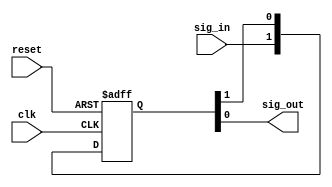
// Common RTL components that will require changes for various processes
// A user may want to change these for their specific requirements


module slink_demet_reset
  (
   input  wire   clk,
   input  wire   reset,
   input  wire   sig_in,
   output wire   sig_out
  );

  reg [1:0]      demet_flops;

  assign sig_out = demet_flops[0];

  always @(posedge clk or posedge reset) begin
    if (reset) begin
      demet_flops      <= 2'b00;
    end else begin
      demet_flops      <= {sig_in, demet_flops[1]};
    end
  end

endmodule


module slink_demet_set
  (
   input  wire   clk,
   input  wire   set,
   input  wire   sig_in,
   output wire   sig_out
  );

  reg [1:0]      demet_flops;

  assign sig_out = demet_flops[0];

  always @(posedge clk or posedge set) begin
    if (set) begin
      demet_flops      <= 2'b11;
    end else begin
      demet_flops      <= {sig_in, demet_flops[1]};
    end
  end

endmodule

module slink_reset_sync
(
  input  wire     clk,
  input  wire     scan_ctrl,
  input  wire     reset_in,
  output wire     reset_out
);

  wire reset_in_ff2;
  wire reset_in_int;

  assign reset_in_int = ~scan_ctrl & reset_in;

  slink_demet_set u_demet_set(
    .clk          ( clk               ),
    .set          ( reset_in_int      ),
    .sig_in       ( 1'b0              ),
    .sig_out      ( reset_in_ff2      ));

  //assign  reset_out = ~scan_ctrl & (reset_in | reset_in_ff2);
  assign  reset_out = ~scan_ctrl & reset_in_ff2;
endmodule




module slink_clock_mux(
  input  wire   clk0,
  input  wire   clk1,
  input  wire   sel,
  output wire   clk_out
);

assign clk_out = sel ? clk1 : clk0;

endmodule


module slink_clock_inv(
  input  wire   clk_in,
  output wire   clk_out
);

assign clk_out = ~clk_in;

endmodule

module slink_clock_buf(
  input  wire   clk_in,
  output wire   clk_out
);

assign clk_out = clk_in;

endmodule


module slink_clock_gate(
  input  wire   clk_in,
  input  wire   reset,
  input  wire   core_scan_mode,
  input  wire   enable,
  input  wire   disable_clkgate,
  output wire   clk_out
);

wire clk_en;
wire enable_ff2;

slink_demet_reset u_slink_demet_reset (
  .clk     ( clk_in           ),      
  .reset   ( reset            ),      
  .sig_in  ( enable ||
             disable_clkgate  ),      
  .sig_out ( enable_ff2       )); 


assign clk_en = enable_ff2 | core_scan_mode;

assign clk_out = clk_en & clk_in;

endmodule

module slink_clock_or(
  input  wire   clk0,
  input  wire   clk1,
  output wire   clk_out
);

assign clk_out = clk0 | clk1;

endmodule


module slink_clock_mux_sync(
  input  wire           reset0,
  input  wire           reset1,
  input  wire           sel,
  input  wire           clk0,
  input  wire           clk1,
  output wire           clk_out
);

wire clk0_inv;
wire clk1_inv;
wire sel_inv;
wire sel0_in;
wire sel1_in;
wire clk0_out;
wire clk1_out;
wire clk_out_pre;

reg sel0_ff1, sel0_ff2;
reg sel1_ff1, sel1_ff2;

wire sel_buf;

//Google glichless clock mux and look for EETimes article

slink_clock_inv u_clk0_inv (
  .clk_in    ( clk0      ),  
  .clk_out   ( clk0_inv  )); 

slink_clock_inv u_clk1_inv (
  .clk_in    ( clk1      ),  
  .clk_out   ( clk1_inv  )); 

//for case_analysis settings
slink_clock_buf u_sel_buf(.clk_in(sel), .clk_out(sel_buf));

slink_clock_inv u_sel_inv(.clk_in(sel_buf), .clk_out(sel_inv));


//assign sel_inv = ~sel;
assign sel0_in = ~sel1_ff2 & sel_inv;
assign sel1_in = ~sel0_ff2 & sel;

assign clk0_out = sel0_ff2 & clk0;
assign clk1_out = sel1_ff2 & clk1;


always @(posedge clk0 or posedge reset0) begin
  if(reset0) sel0_ff1 <= 1'b0;
  else       sel0_ff1 <= sel0_in;
end

always @(posedge clk0_inv or posedge reset0) begin
  if(reset0) sel0_ff2 <= 1'b0;
  else       sel0_ff2 <= sel0_ff1;
end

always @(posedge clk1 or posedge reset1) begin
  if(reset1) sel1_ff1 <= 1'b0;
  else       sel1_ff1 <= sel1_in;
end

always @(posedge clk1_inv or posedge reset1) begin
  if(reset1) sel1_ff2 <= 1'b0;
  else       sel1_ff2 <= sel1_ff1;
end

//assign clk_out_pre = clk0_out | clk1_out;
slink_clock_or u_clk_or(.clk0(clk0_out), .clk1(clk1_out), .clk_out(clk_out_pre));

//Final buffer (declare clock here)
slink_clock_buf u_slink_clock_buf(.clk_in(clk_out_pre), .clk_out(clk_out));


endmodule



module slink_fifo_top #(
  parameter                   DATA_SIZE     = 40,
  parameter                   ADDR_SIZE     = 4
)(
  input  wire                 wclk,
  input  wire                 wreset,
  input  wire                 winc,
  input  wire                 rclk,
  input  wire                 rreset,
  input  wire                 rinc,
  input  wire [DATA_SIZE-1:0] wdata,
  output wire [DATA_SIZE-1:0] rdata,
  output wire                 wfull,
  output wire                 rempty,
  
  output wire [ADDR_SIZE:0]   rbin_ptr,
  output wire [ADDR_SIZE+1:0] rdiff,   
  output wire [ADDR_SIZE:0]   wbin_ptr,
  output wire [ADDR_SIZE+1:0] wdiff,   
  
  
  input  wire [ADDR_SIZE-1:0] swi_almost_empty,
  input  wire [ADDR_SIZE-1:0] swi_almost_full,
  output wire                 half_full,
  output wire                 almost_empty,
  output wire                 almost_full
);


wire [ADDR_SIZE-1:0]          waddr;
wire [ADDR_SIZE-1:0]          raddr;
wire [ADDR_SIZE:0]            wptr, sync_wptr;
wire [ADDR_SIZE:0]            rptr, sync_rptr;


 


//demets for ptr sync
slink_demet_reset u_rptr_to_wlogic_demet[ADDR_SIZE:0] (
  .clk      ( wclk        ),            
  .reset    ( wreset      ),            
  .sig_in   ( rptr        ),            
  .sig_out  ( sync_rptr   )             
);

slink_demet_reset u_wptr_to_rlogic_demet[ADDR_SIZE:0] (
  .clk      ( rclk        ),            
  .reset    ( rreset      ),            
  .sig_in   ( wptr        ),            
  .sig_out  ( sync_wptr   )             
);




//write logic
slink_fifo_ptr_logic #(
  .ADDR_SIZE          ( ADDR_SIZE ),
  .IS_WRITE_PTR       ( 1         )
) u_write_ptr_logic (
  .inc               ( winc                 ),  
  .clk               ( wclk                 ),  
  .reset             ( wreset               ),  
  .swi_almost_val    ( swi_almost_full      ),  
  .sync_ptr          ( sync_rptr            ),  
  .ptr               ( wptr                 ),  
  .bin_ptr           ( wbin_ptr             ),  
  .diff              ( wdiff                ),  
  .addr              ( waddr                ),  
  .flag              ( wfull                ),  
  .almost_fe         ( almost_full          ),  
  .half_full         ( half_full            )); 


//read logic
slink_fifo_ptr_logic #(
  .ADDR_SIZE          ( ADDR_SIZE ),
  .IS_WRITE_PTR       ( 0         )
) u_read_ptr_logic (
  .inc               ( rinc                 ),  
  .clk               ( rclk                 ),  
  .reset             ( rreset               ),  
  .swi_almost_val    ( swi_almost_empty     ),  
  .sync_ptr          ( sync_wptr            ),  
  .ptr               ( rptr                 ),  
  .bin_ptr           ( rbin_ptr             ),  
  .diff              ( rdiff                ),  
  .addr              ( raddr                ),  
  .flag              ( rempty               ),  
  .almost_fe         ( almost_empty         ),  
  .half_full         (                      )); 




//mem
slink_fifomem #(
  .DATA_SIZE  ( DATA_SIZE    ),                             
  .ADDR_SIZE  ( ADDR_SIZE    )                   
) u_mem (
  .wclk       ( wclk         ),                             
  .rclk       ( rclk         ),
  .wclken     ( winc         ),  
  .read_en    ( ~rempty      ),                           
  .wreset     ( wreset       ),                            
  .wfull      ( wfull        ),                             
  .waddr      ( waddr        ),                             
  .raddr      ( raddr        ),                             
  .wdata      ( wdata        ),                             
  .rdata      ( rdata        )                              
);



endmodule


/*
* Based on sunburst-design.com's fifo design. Removed the need for two separate blocks
* by using generate statements to produce full/empty flag. Also changed reset to active high,
* because active low resets just confuse me
*/


module slink_fifo_ptr_logic #(
  parameter                           IS_WRITE_PTR  = 1,      //Determines the output logic
  parameter                           ADDR_SIZE     = 4
)(
  input  wire                         inc,
  input  wire                         clk,
  input  wire                         reset,
  input  wire [ADDR_SIZE-1:0]         swi_almost_val,         //programmable value for almost full/empty. Set to the difference you wish
  input  wire [ADDR_SIZE:0]           sync_ptr,               //pointer from opposite logic block
  output reg  [ADDR_SIZE:0]           ptr,                    //this blocks gray-encoded pointer to opposite block
  output wire [ADDR_SIZE:0]           bin_ptr,                //this blocks binary pointer 
  output wire [ADDR_SIZE+1:0]         diff,                   //difference between pointers
  output wire [ADDR_SIZE-1:0]         addr,                   //addr to memory
  output reg                          flag,                   //empty/full flag            
  output reg                          almost_fe,              //almost full/empty flag, port representation is based on the setting
  output wire                         half_full               //1 when write pointer - read pointer is >= half of full val (you can think of it as half-empty if your one of those people)
);

reg  [ADDR_SIZE:0]      bin;
wire [ADDR_SIZE:0]      graynext;
wire [ADDR_SIZE:0]      binnext;


wire [ADDR_SIZE:0]      sync_bin;   //binary value of the sync ptr
//wire [ADDR_SIZE+1:0]    diff;



always @(posedge clk or posedge reset) begin
  if(reset) begin
    bin           <= {ADDR_SIZE+1{1'b0}};
    ptr           <= {ADDR_SIZE+1{1'b0}};
  end else begin
    bin           <= binnext;
    ptr           <= graynext;
  end
end


assign addr       = bin[ADDR_SIZE-1:0];
assign binnext    = bin + (inc & ~flag);
assign graynext   = (binnext>>1) ^ binnext;

//gray2bin conversion for size checking
assign sync_bin[ADDR_SIZE:0] = sync_ptr[ADDR_SIZE:0] ^ {1'b0, sync_bin[ADDR_SIZE:1]};


assign bin_ptr = bin;

 


// Full/Empty logic generation, need to comeback to add in something that describes the almost full/empty cases
// Can't break out the flag register as the reset value is different depending on the mode
generate
  if(IS_WRITE_PTR == 1) begin : gen_full_logic
    //2 MSBs should not equal, lower bits should for full indication
    wire    full_int, half_full_int, almost_fe_int;
    reg     half_full_reg;
    
    
    assign  diff            = bin + (~sync_bin + {{ADDR_SIZE-1{1'b0}}, 1'b1});
    assign  full_int        = (graynext == {~sync_ptr[ADDR_SIZE:ADDR_SIZE-1], sync_ptr[ADDR_SIZE-2:0]});
    assign  half_full_int   = (diff[ADDR_SIZE:0]   >= {2'b01, {ADDR_SIZE-1{1'b0}}});    //half of addr area
    assign  almost_fe_int   = (diff[ADDR_SIZE-1:0] >= swi_almost_val);                  //The higher you set this, the later it trips (stays high if full)
    assign  half_full       = half_full_reg;
    
    always @(posedge clk or posedge reset) begin
      if(reset) begin
        flag          <= 1'b0;
        half_full_reg <= 1'b0;
        almost_fe     <= 1'b0;
      end else begin
        flag          <= full_int;
        half_full_reg <= half_full_int;
        almost_fe     <= almost_fe_int;
      end          
    end 
    
  end else begin : gen_empty_logic
    //write pointer should equal read pointer for empty
    wire    empty_int, almost_fe_int;
    
    
    assign empty_int        = (graynext == sync_ptr);  
    assign half_full        = 1'b0;                                                     //half_full is invalid, so tieoff
    assign diff             = sync_bin + (~bin + {{ADDR_SIZE-1{1'b0}}, 1'b1});
    assign almost_fe_int    = (diff[ADDR_SIZE-1:0] <= swi_almost_val); 
    
    always @(posedge clk or posedge reset) begin
      if(reset) begin
        flag        <= 1'b1;
        almost_fe   <= 1'b1;
      end else begin          
        flag        <= empty_int;
        almost_fe   <= almost_fe_int;
      end
    end 
    
  end
endgenerate





endmodule



module slink_fifomem #(
  parameter                     DATA_SIZE        = 40,
  parameter                     ADDR_SIZE        = 4
)(
  input  wire                   wclk,
  input  wire                   rclk,
  input  wire                   wclken,
  input  wire                   read_en,
  input  wire                   wreset,       
  input  wire                   wfull,
  input  wire [ADDR_SIZE-1:0]   waddr,
  input  wire [ADDR_SIZE-1:0]   raddr,
  input  wire [DATA_SIZE-1:0]   wdata,
  output wire [DATA_SIZE-1:0]   rdata
);

localparam    DEPTH = 1<<ADDR_SIZE;
wire web;
wire reb;


reg [DATA_SIZE-1:0]   mem [0:DEPTH-1];

assign rdata  = mem[raddr];

integer i;
always @(posedge wclk or posedge wreset) begin
  if(wreset) begin
    for(i = 0; i< (1<<ADDR_SIZE); i = i + 1) begin
      mem[i]      <= {DATA_SIZE{1'b0}};
    end
  end else begin
    if(wclken & ~wfull) begin
      mem[waddr]  <= wdata;
    end
  end
end
  


 
endmodule



/**
  * Creates a 2-deep fifo for synchronizing multibit signals
  *
  * Literally stolen from http://www.sunburst-design.com/papers/CummingsSNUG2008Boston_CDC.pdf
  * I'm shameless
  */
module slink_multibit_sync #(
  parameter   DATA_SIZE = 8
)(
  input  wire                 wclk,
  input  wire                 wreset,
  input  wire                 winc,
  output wire                 wready,
  input  wire [DATA_SIZE-1:0] wdata,
  
  input  wire                 rclk,
  input  wire                 rreset,
  input  wire                 rinc,
  output wire                 rready,
  output wire [DATA_SIZE-1:0] rdata
);

//reg [DATA_SIZE-1:0]   mem [2];
reg [DATA_SIZE-1:0]   mem [1:0];

reg       wptr;
wire      wptr_in;
wire      we;
wire      rptr_wclk;

reg       rptr;
wire      rptr_in;
wire      wptr_rclk;


always @(posedge wclk or posedge wreset) begin
  if(wreset) begin
    wptr        <= 1'b0;
    mem[0]      <= {DATA_SIZE{1'b0}};
    mem[1]      <= {DATA_SIZE{1'b0}};
  end else begin
    wptr        <= wptr_in;
    if(we) begin
      mem[wptr] <= wdata;
    end
  end
end

slink_demet_reset u_slink_demet_rptr_wclk (
  .clk     ( wclk       ),  
  .reset   ( wreset     ),  
  .sig_in  ( rptr       ),  
  .sig_out ( rptr_wclk  )); 

assign wptr_in  = we ^ wptr;
assign wready   = ~(rptr_wclk ^ wptr);
assign we       = winc & wready;



always @(posedge rclk or posedge rreset) begin
  if(rreset) begin
    rptr    <= 1'b0;
  end else begin
    rptr    <= rptr_in;
  end
end


slink_demet_reset u_slink_demet_wptr_rclk (
  .clk     ( rclk       ),  
  .reset   ( rreset     ),  
  .sig_in  ( wptr       ),  
  .sig_out ( wptr_rclk  )); 

assign rready   = rptr ^ wptr_rclk;
assign rptr_in  = rptr ^ (rinc & rready);

assign rdata    = mem[rptr];

endmodule



module slink_dp_ram #(
   parameter DWIDTH = 32,              // Data width
   parameter SIZE   = 256,             // RAM size in DWIDTHs
   parameter AWIDTH = $clog2(SIZE)     // Address width
) (
   input  wire               clk_0,
   input  wire [AWIDTH-1:0]  addr_0,
   input  wire               en_0,
   input  wire               we_0,
   input  wire [DWIDTH-1:0]  wdata_0,
   output wire [DWIDTH-1:0]  rdata_0,

   input  wire               clk_1,
   input  wire [AWIDTH-1:0]  addr_1,
   input  wire               en_1,
   input  wire               we_1,
   input  wire [DWIDTH-1:0]  wdata_1,
   output wire [DWIDTH-1:0]  rdata_1
);

reg   [DWIDTH-1:0] mem [SIZE-1:0];
wire  write_0, read_0;
wire  write_1, read_1;
reg   [AWIDTH-1:0] addr_0_reg, addr_1_reg;

assign write_0 = en_0 &  we_0;
assign read_0  = en_0 & ~we_0;

integer i;
always @(posedge clk_0) begin
  if (write_0) begin
    mem[addr_0] <= wdata_0;
  end
end

always @(posedge clk_0) begin
  if (read_0) begin
    addr_0_reg <= addr_0;
  end
end

assign rdata_0 = read_0 ? mem[addr_0] : mem[addr_0_reg];

assign write_1 = en_1 &  we_1;
assign read_1  = en_1 & ~we_1;

integer j;
// always @(posedge clk_1) begin
//   if (write_1) begin
//     mem[addr_1] <= wdata_1;
//   end
// end

always @(posedge clk_1) begin
  if (read_1) begin
    addr_1_reg <= addr_1;
  end
end

assign rdata_1 = read_1 ? mem[addr_1] : mem[addr_1_reg];
   
endmodule